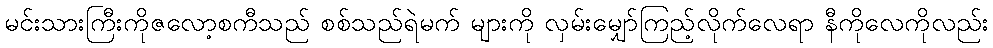
မင်းသားကြီးကိုဇလော့စကီသည် စစ်သည်ရဲမက် များကို လှမ်းမျှော်ကြည့်လိုက်လေရာ နီကိုလေကိုလည်း